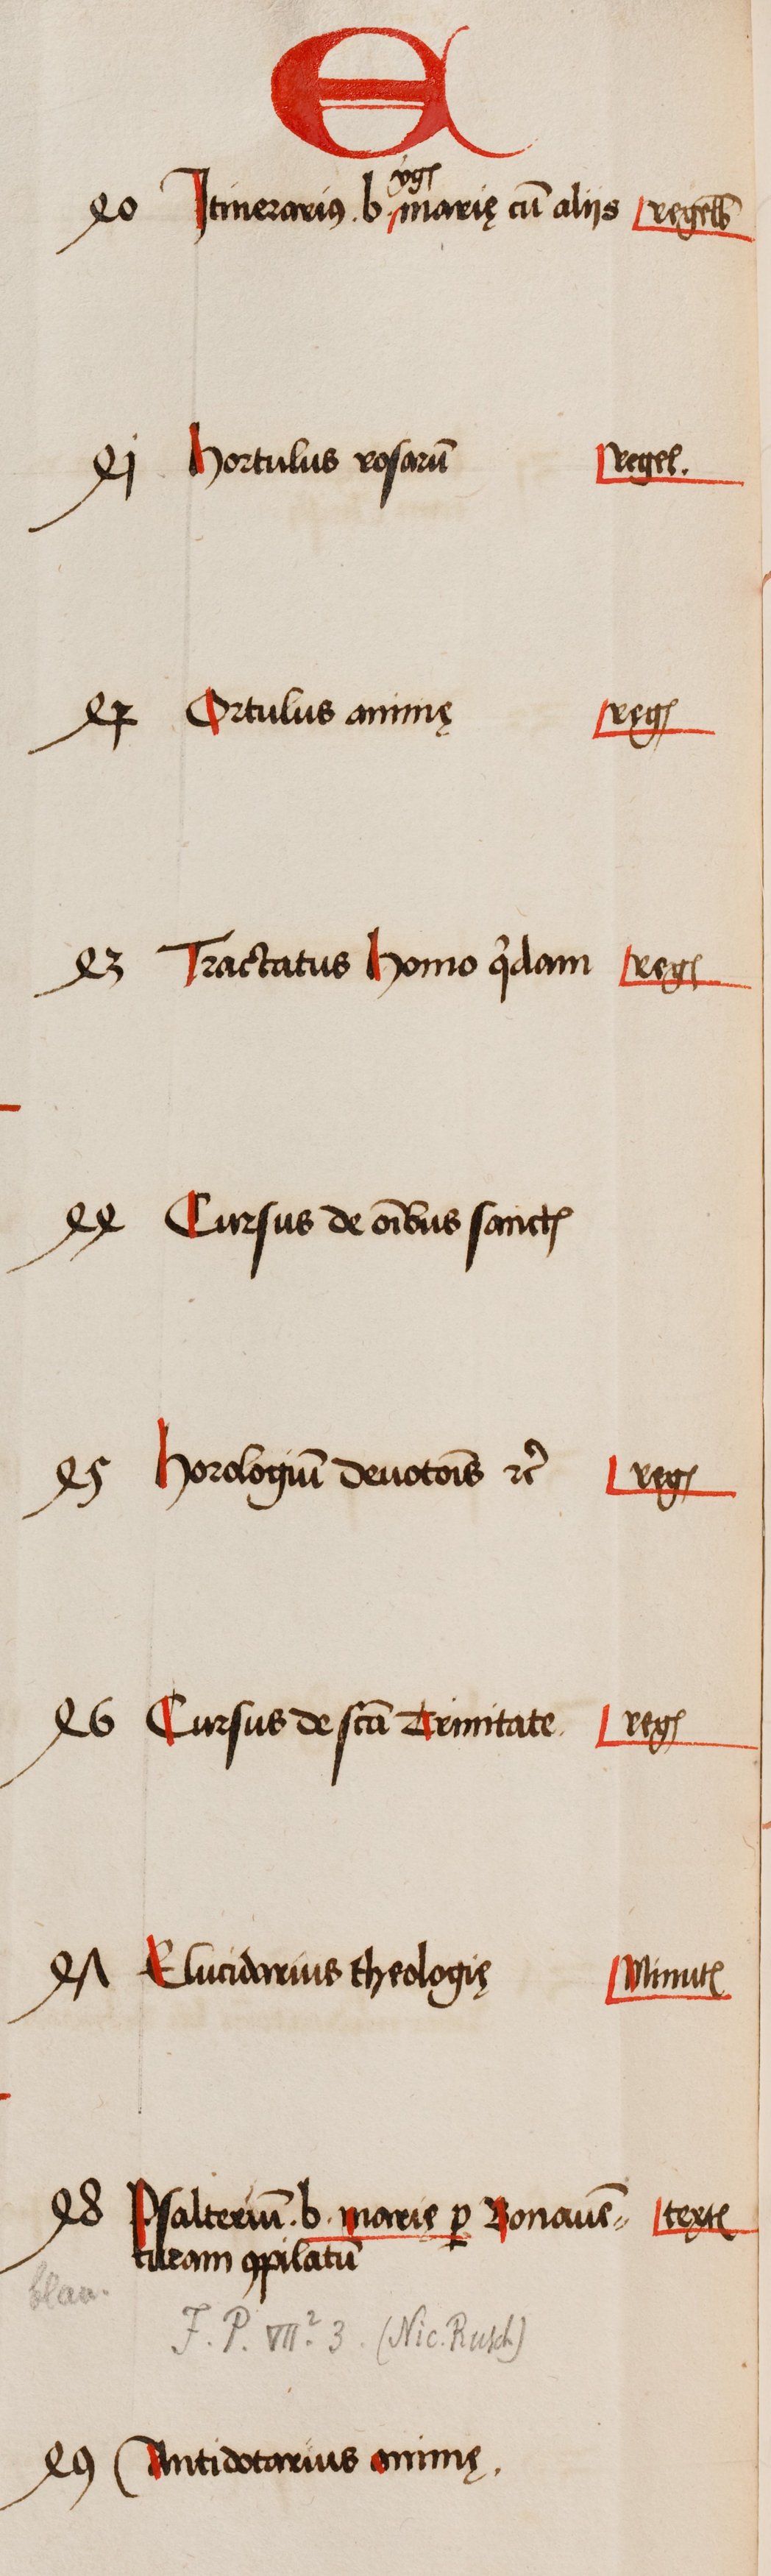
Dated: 1505–1535